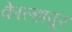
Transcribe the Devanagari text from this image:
काेेल्हापूर